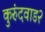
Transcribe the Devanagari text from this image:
कुरुंदवाड२